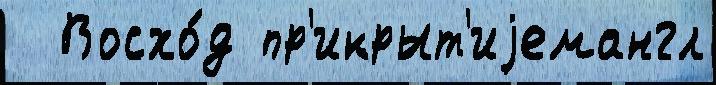
  Восхо́д пр'икрыт'иjемангл